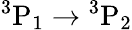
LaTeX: \mathrm{{}^{3}P_{1}\rightarrow{}^{3}P_{2}}